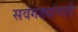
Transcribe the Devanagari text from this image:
सवंगड्यांनाही